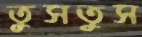
তুসতুস